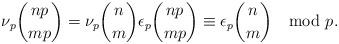
LaTeX: \begin{align*}\nu_p\binom{np}{mp} = \nu_p\binom{n}{m} \epsilon_p\binom{np}{mp} \equiv \epsilon_p\binom{n}{m} \mod p.\end{align*}